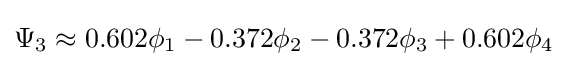
\Psi _{3}\approx 0.602\phi _{1}-0.372\phi _{2}-0.372\phi _{3}+0.602\phi _{4}